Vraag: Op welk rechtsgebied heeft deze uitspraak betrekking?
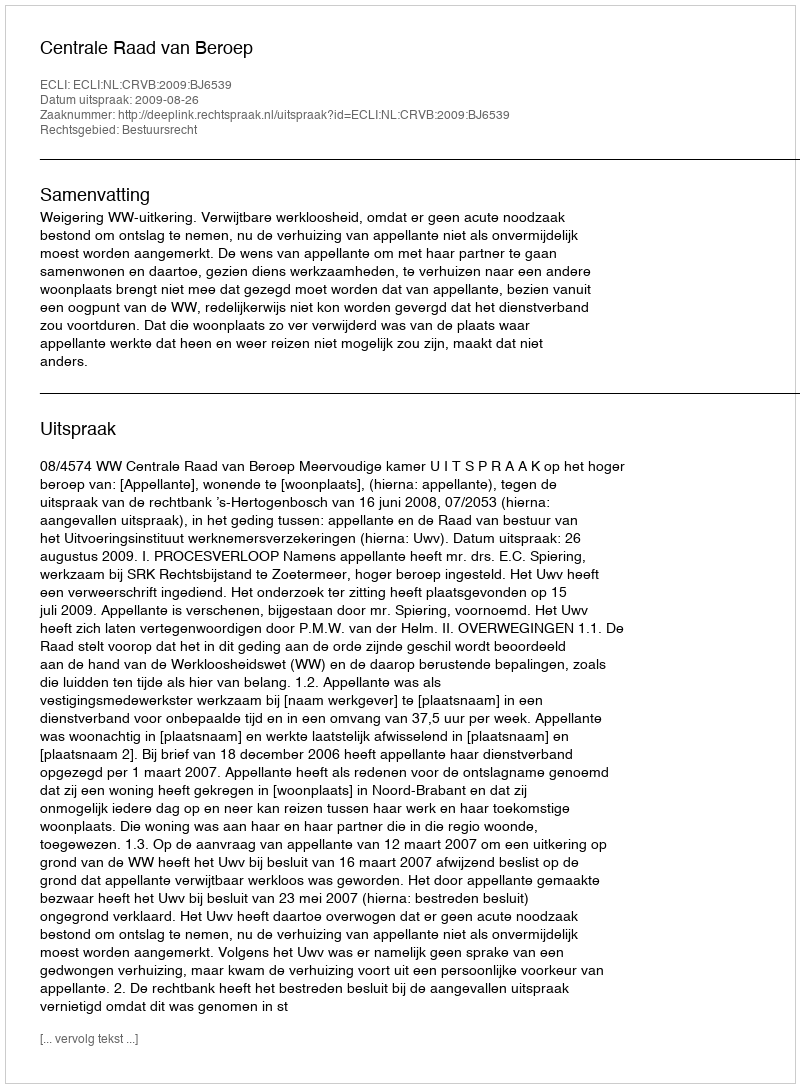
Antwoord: Bestuursrecht